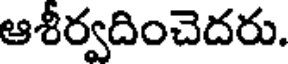
ఆశీర్వదించెదరు.